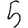
Digit: 5